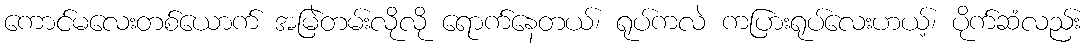
ကောင်မလေးတစ်ယောက် အမြဲတမ်းလိုလို ရောက်နေတယ်၊ ရုပ်ကလဲ ကပြားရုပ်လေးဟယ့်၊ ပိုက်ဆံလည်း